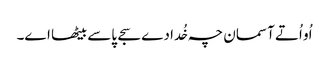
اُو اُتے آسمان چہ خُدا دے سجے پاسے بیٹھا اے۔